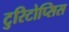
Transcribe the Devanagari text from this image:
टुरिटोप्सिस